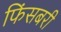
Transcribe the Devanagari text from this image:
फिंसबरी